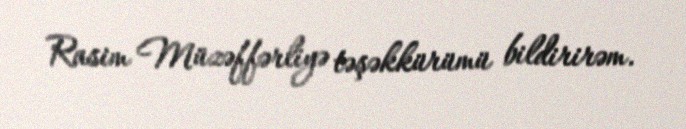
Rasim Müzəffərliyə təşəkkürümü bildirirəm.